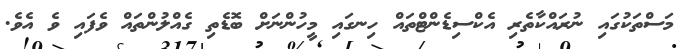
މަސްތަކުގައި ނުރައްކާތެރި އެކްސިޑެންޓްތައް ހިނގައި މީހުންނަށް ބޮޑެތި ގެއްލުންތައް ވެފައި ވެ އެވެ.